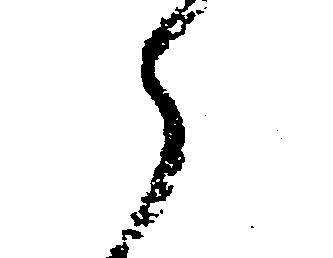
え